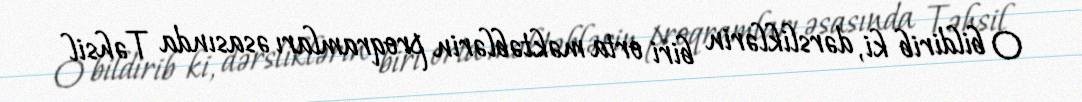
O bildirib ki, dərsliklərin biri orta məktəblərin proqramları əsasında Təhsil